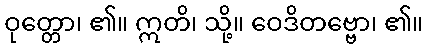
ဝုတ္တော၊ ၏။ ဣတိ၊ သို့။ ဝေဒိတဗ္ဗော၊ ၏။